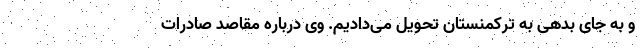
و به جای بدهی به ترکمنستان تحویل می‌دادیم. وی درباره مقاصد صادرات